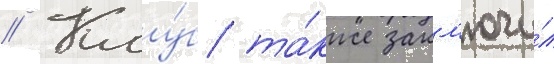
// Клу́б та́кже закл'ючи́л